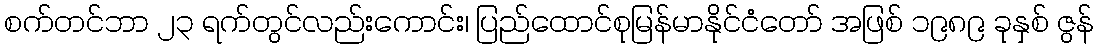
စက်တင်ဘာ ၂၃ ရက်တွင်လည်းကောင်း၊ ပြည်ထောင်စုမြန်မာနိုင်ငံတော် အဖြစ် ၁၉၈၉ ခုနှစ် ဇွန်